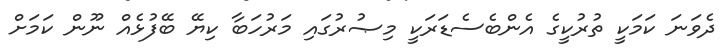
ދެވަނަ ކަމަކީ ތުރުކީގެ އެންބެސެޑަރަކީ މިޞުރުގައި މަރުހަބާ ކިޔޭ ބޭފުޅެއް ނޫން ކަމަށް